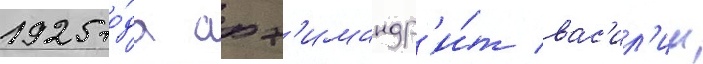
1925 го́да арх'имандр'и́т вас'ил'ии